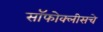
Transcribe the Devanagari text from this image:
सॉफोक्लीसचे